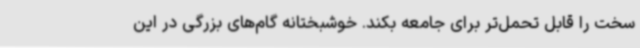
سخت را قابل تحمل‌تر برای جامعه بکند. خوشبختانه گام‌های بزرگی در این